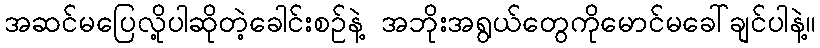
အဆင်မပြေလို့ပါဆိုတဲ့ခေါင်းစဉ်နဲ့ အဘိုးအရွယ်တွေကိုမောင်မခေါ်ချင်ပါနဲ့။